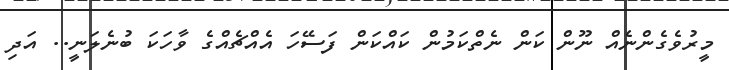
މީރުވެގެންނެއް ނޫން ކަން ނެތްކަމުން ކައްކަން ފަސޭހަ އެއްޗެއްގެ ވާހަކަ ބުނެލަނީ.. އަދި